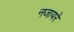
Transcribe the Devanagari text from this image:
नजायरे